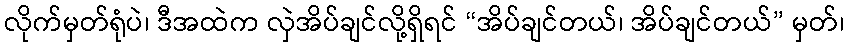
လိုက်မှတ်ရုံပဲ၊ ဒီအထဲက လှဲအိပ်ချင်လို့ရှိရင် “အိပ်ချင်တယ်၊ အိပ်ချင်တယ်” မှတ်၊